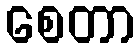
စေတာ